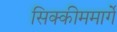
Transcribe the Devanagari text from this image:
सिक्कीममार्गे